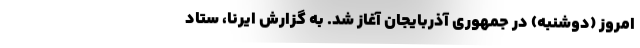
امروز (دوشنبه) در جمهوری آذربایجان آغاز شد. به گزارش ایرنا، ستاد